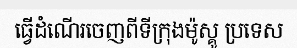
ធ្វើដំណើរចេញពីទីក្រុងម៉ូស្គូ ប្រទេស